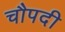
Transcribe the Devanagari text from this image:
चौपदी